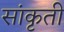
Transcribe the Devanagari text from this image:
सांकृती